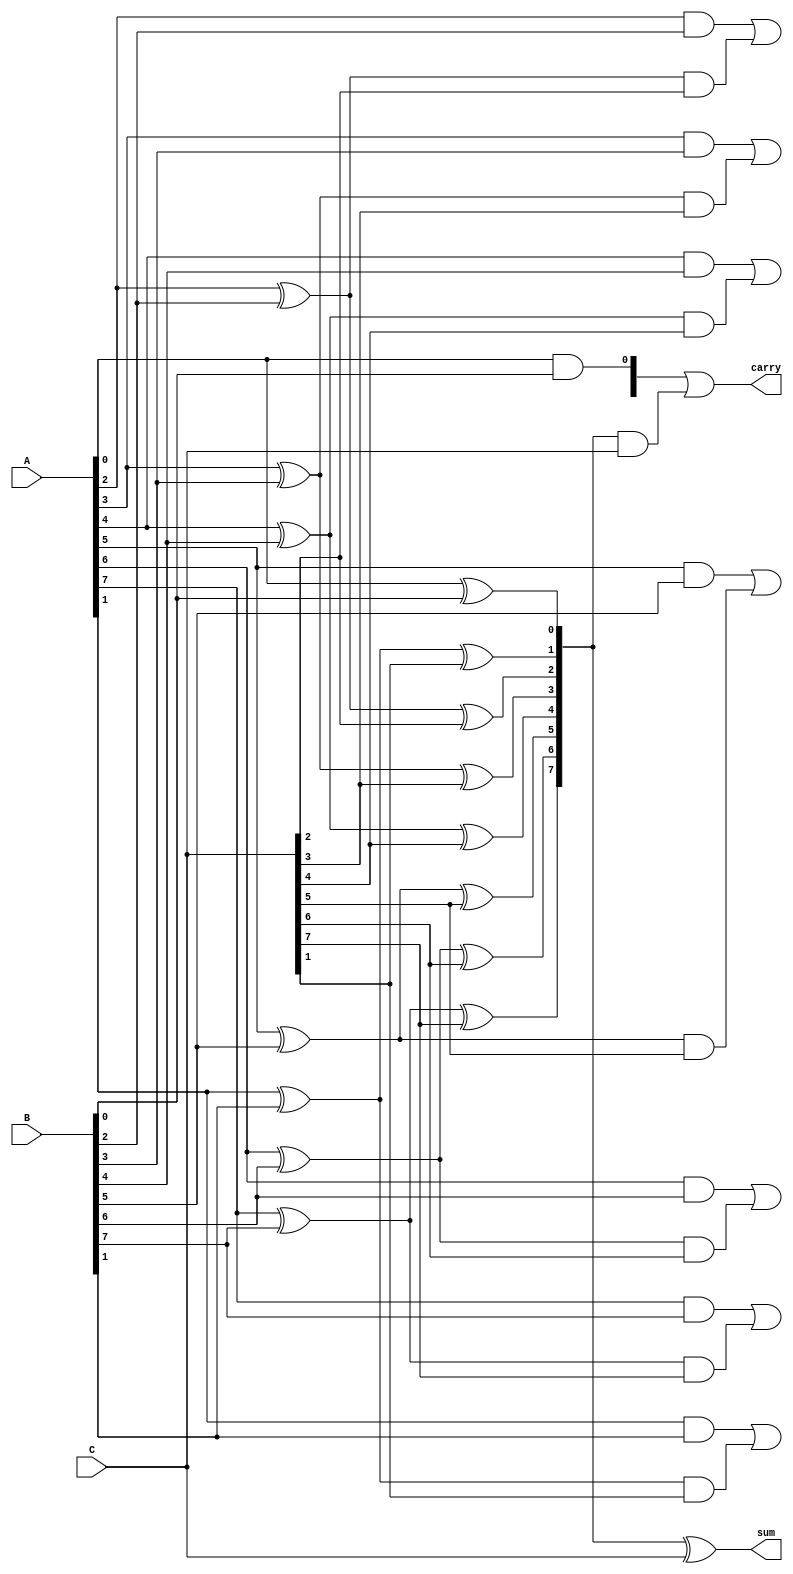
module CarrySaveAdder (
    input [N-1:0] A, // First operand
    input [N-1:0] B, // Second operand
    input [N-1:0] C, // Third operand
    output [N-1:0] sum, // Sum output
    output [N-1:0] carry // Carry output
);
    parameter N = 8; // Number of bits in the operands

    wire [N-1:0] S; // Intermediate sums
    wire [N-1:0] C_out; // Intermediate carries

    // Half Adder for the least significant bit
    assign S[0] = A[0] ^ B[0]; // Sum of A[0] and B[0]
    assign C_out[0] = A[0] & B[0]; // Carry from A[0] and B[0]

    // Full Adders for the remaining bits
    genvar i;
    generate
        for (i = 1; i < N; i = i + 1) begin : FA
            wire S_AB; // Sum of A and B
            wire C_AB; // Carry from A and B
            wire C_in; // Carry from previous full adder
            
            // Sum and carry from previous layer
            assign S_AB = A[i] ^ B[i];
            assign C_AB = A[i] & B[i];

            // Full adder
            assign S[i] = S_AB ^ C[i]; // Sum output
            assign carry[i] = C_AB | (S_AB & C[i]); // Carry output
        end
    endgenerate

    // Final carry from adding the three bits at each position
    assign sum = S ^ C; // Final sum
    assign carry = C_out | (S & C); // Final carry

endmodule